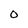
Character: 0